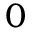
0